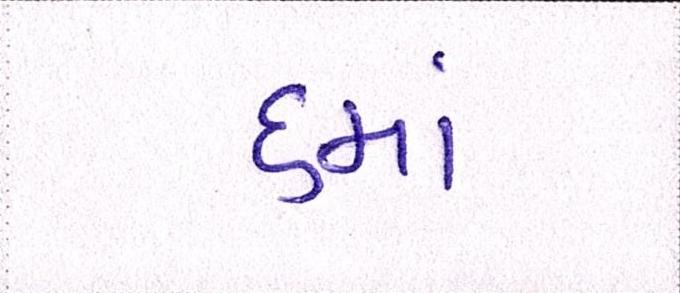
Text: ૬માં